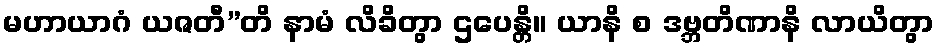
မဟာယာဂံ ယဇတီ”တိ နာမံ လိခိတွာ ဌပေန္တိ။ ယာနိ စ ဒဗ္ဘတိဏာနိ လာယိတွာ